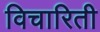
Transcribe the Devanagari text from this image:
विचारिती